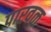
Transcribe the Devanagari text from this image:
पारवळ